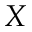
X